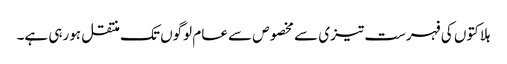
ہلاکتوں کی فہرست تیزی سے مخصوص سے عام لوگوں تک منتقل ہورہی ہے۔